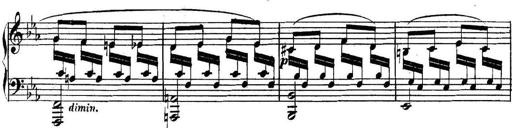
Title: Collected Piano Sonatas
Composer: Muzio Clementi